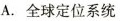
A. 全球定位系统